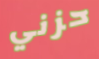
حزني